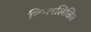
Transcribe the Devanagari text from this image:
निम्ललिखित